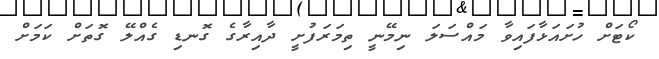
ކޯޓަށް ހުށައަޅާފައިވާ މައްސަލަ ނިމޭނީ ތިމަރަފުށީ ދާއިރާގެ ގޮނޑި ގެއްލޭ ގޮތަށް ކަމަށް